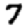
Digit: 7